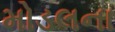
મોડલના